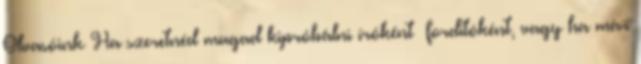
Olvasóink Ha szeretnéd magad kipróbálni íróként fordítóként, vagy ha már